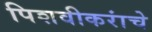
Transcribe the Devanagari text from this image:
पिशवीकरांचे